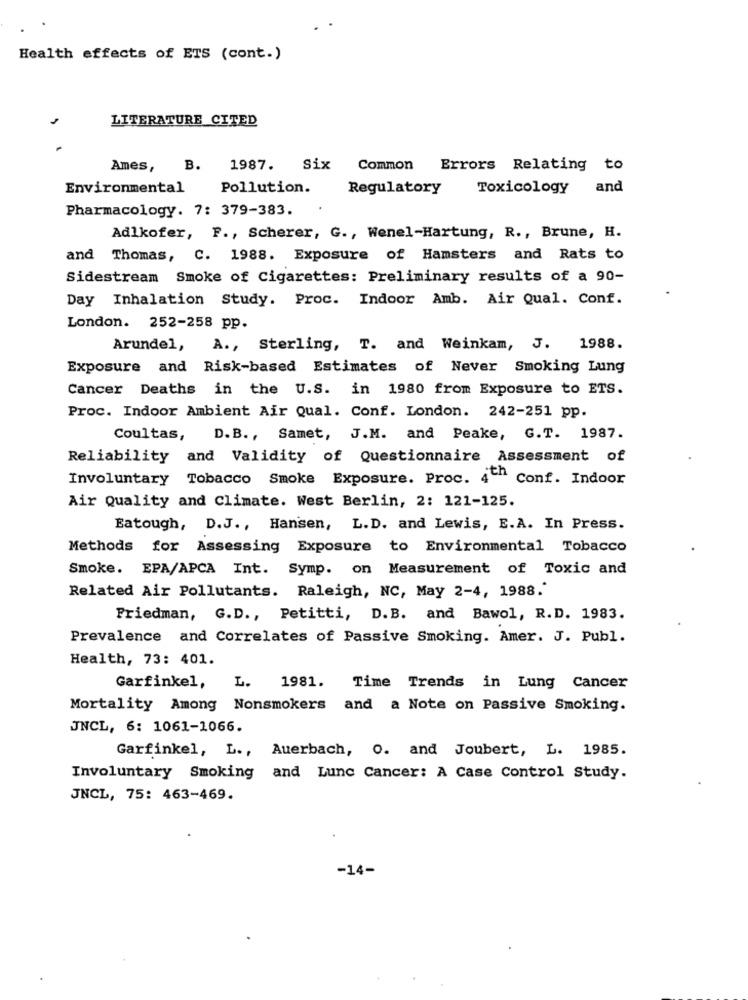
Health effects of ETS (cont.)
LITERATURE CITED
Ames,
B.
1987. Six
Common
Errors Relating to
Environmental
Pollution.
Regulatory
Toxicology
and
Pharmacology. 7: 379-383.
Adlkofer, F ., Scherer, G ., Wenel-Hartung, R ., Brune, H.
and Thomas, C. 1988. Exposure of Hamsters and Rats to
Sidestream Smoke of Cigarettes: Preliminary results of a 90-
Day Inhalation Study. Proc. Indoor Amb. Air Qual. Conf.
London. 252-258 pp.
Arundel, A ., Sterling, T. and Weinkam, J. 1988.
Exposure and Risk-based Estimates of Never Smoking Lung
Cancer Deaths in the U.S. in 1980 from Exposure to ETS.
Proc. Indoor Ambient Air Qual. Conf. London. 242-251 pp.
Coultas, D.B ., Samet, J.M. and Peake, G.T. 1987.
Reliability and Validity of Questionnaire Assessment of
Involuntary Tobacco Smoke Exposure. Proc. 4"" Conf. Indoor
Air Quality and Climate. West Berlin, 2: 121-125.
Eatough, D.J ., Hansen, L.D. and Lewis, E.A. In Press.
Methods for Assessing Exposure to Environmental Tobacco
Smoke. EPA/APCA Int. Symp. on Measurement of Toxic and
Related Air Pollutants. Raleigh, NC, May 2-4, 1988."
Friedman, G.D ., Petitti, D.B. and Bawol, R.D. 1983.
Prevalence and Correlates of Passive Smoking. Amer. J. Publ.
Health, 73: 401.
Garfinkel, L. 1981. Time Trends in Lung Cancer
Mortality Among Nonsmokers and a Note on Passive Smoking.
JNCL, 6: 1061-1066.
Garfinkel, L ., Auerbach, O. and Joubert, L. 1985.
Involuntary Smoking and Lunc Cancer: A Case Control Study.
JNCL, 75: 463-469.
-14-